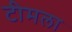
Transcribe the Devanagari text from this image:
टीमला